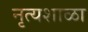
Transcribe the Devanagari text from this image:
नृत्यशाळा